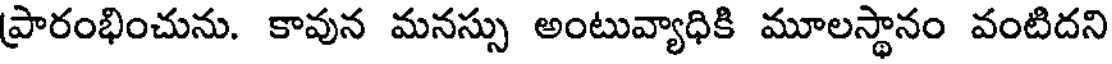
ప్రారంభించును. కావున మనస్సు అంటువ్యాధికి మూలస్థానం వంటిదని